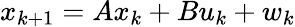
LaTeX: x_{k+1}=Ax_{k}+Bu_{k}+w_{k}